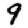
Digit: 9